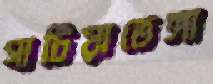
গাটিয়াভেঙ্গা